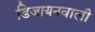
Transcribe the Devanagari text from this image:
डिजायनवाली